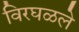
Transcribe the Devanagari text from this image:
विरघळले